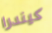
كيندرا